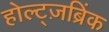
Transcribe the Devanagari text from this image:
होल्ट्ज़ब्रिंक